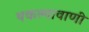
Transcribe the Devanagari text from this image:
थकल्यावाणी